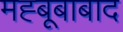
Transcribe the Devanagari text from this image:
मह्बूबाबाद